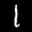
Label: 1